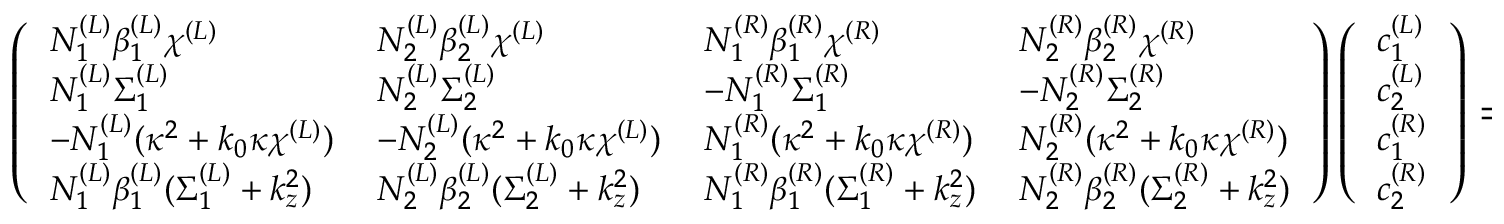
\footnotesize \left( \begin{array} { l l l l } { N _ { 1 } ^ { ( L ) } \beta _ { 1 } ^ { ( L ) } \chi ^ { ( L ) } } & { N _ { 2 } ^ { ( L ) } \beta _ { 2 } ^ { ( L ) } \chi ^ { ( L ) } } & { N _ { 1 } ^ { ( R ) } \beta _ { 1 } ^ { ( R ) } \chi ^ { ( R ) } } & { N _ { 2 } ^ { ( R ) } \beta _ { 2 } ^ { ( R ) } \chi ^ { ( R ) } } \\ { N _ { 1 } ^ { ( L ) } \Sigma _ { 1 } ^ { ( L ) } } & { N _ { 2 } ^ { ( L ) } \Sigma _ { 2 } ^ { ( L ) } } & { - N _ { 1 } ^ { ( R ) } \Sigma _ { 1 } ^ { ( R ) } } & { - N _ { 2 } ^ { ( R ) } \Sigma _ { 2 } ^ { ( R ) } } \\ { - N _ { 1 } ^ { ( L ) } ( \kappa ^ { 2 } + k _ { 0 } \kappa \chi ^ { ( L ) } ) } & { - N _ { 2 } ^ { ( L ) } ( \kappa ^ { 2 } + k _ { 0 } \kappa \chi ^ { ( L ) } ) } & { N _ { 1 } ^ { ( R ) } ( \kappa ^ { 2 } + k _ { 0 } \kappa \chi ^ { ( R ) } ) } & { N _ { 2 } ^ { ( R ) } ( \kappa ^ { 2 } + k _ { 0 } \kappa \chi ^ { ( R ) } ) } \\ { N _ { 1 } ^ { ( L ) } \beta _ { 1 } ^ { ( L ) } ( \Sigma _ { 1 } ^ { ( L ) } + k _ { z } ^ { 2 } ) } & { N _ { 2 } ^ { ( L ) } \beta _ { 2 } ^ { ( L ) } ( \Sigma _ { 2 } ^ { ( L ) } + k _ { z } ^ { 2 } ) } & { N _ { 1 } ^ { ( R ) } \beta _ { 1 } ^ { ( R ) } ( \Sigma _ { 1 } ^ { ( R ) } + k _ { z } ^ { 2 } ) } & { N _ { 2 } ^ { ( R ) } \beta _ { 2 } ^ { ( R ) } ( \Sigma _ { 2 } ^ { ( R ) } + k _ { z } ^ { 2 } ) } \end{array} \right) \left( \begin{array} { l } { c _ { 1 } ^ { ( L ) } } \\ { c _ { 2 } ^ { ( L ) } } \\ { c _ { 1 } ^ { ( R ) } } \\ { c _ { 2 } ^ { ( R ) } } \end{array} \right) = 0